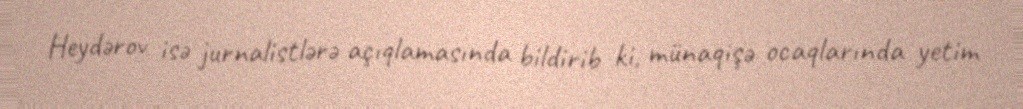
Heydərov isə jurnalistlərə açıqlamasında bildirib ki, münaqişə ocaqlarında yetim